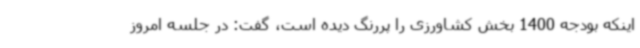
اینکه بودجه 1400 بخش کشاورزی را پررنگ دیده است، گفت: در جلسه امروز